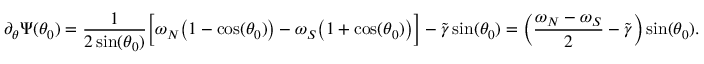
\partial _ { \theta } \Psi ( \theta _ { 0 } ) = \frac { 1 } { 2 \sin ( \theta _ { 0 } ) } \Big [ \omega _ { N } \big ( 1 - \cos ( \theta _ { 0 } ) \big ) - \omega _ { S } \big ( 1 + \cos ( \theta _ { 0 } ) \big ) \Big ] - \widetilde { \gamma } \sin ( \theta _ { 0 } ) = \left( \frac { \omega _ { N } - \omega _ { S } } { 2 } - \widetilde { \gamma } \right) \sin ( \theta _ { 0 } ) .